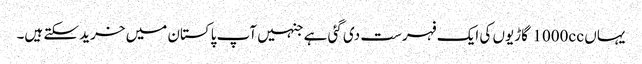
یہاں 1000cc گاڑیوں کی ایک فہرست دی گئی ہے جنہیں آپ پاکستان میں خرید سکتے ہیں۔